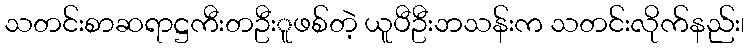
သတင်းစာဆရာဋ္ဌကီးတဦးူဖစ်တဲ့ ယူပီဦးဘသန်းက သတင်းလိုက်နည်း၊